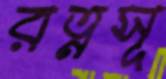
রত্নসূ